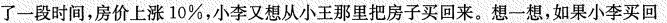
了一段时间，房价上涨10%，小李又想从小王那里把房子买回来。想一想，如果小李买回